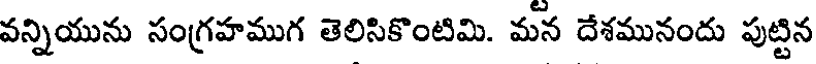
వన్నియును సంగ్రహముగ తెలిసికొంటిమి. మన దేశమునందు పుట్టిన